Leaving Certificate Examination (including Day School Certificate (Higher) General paper), 1933
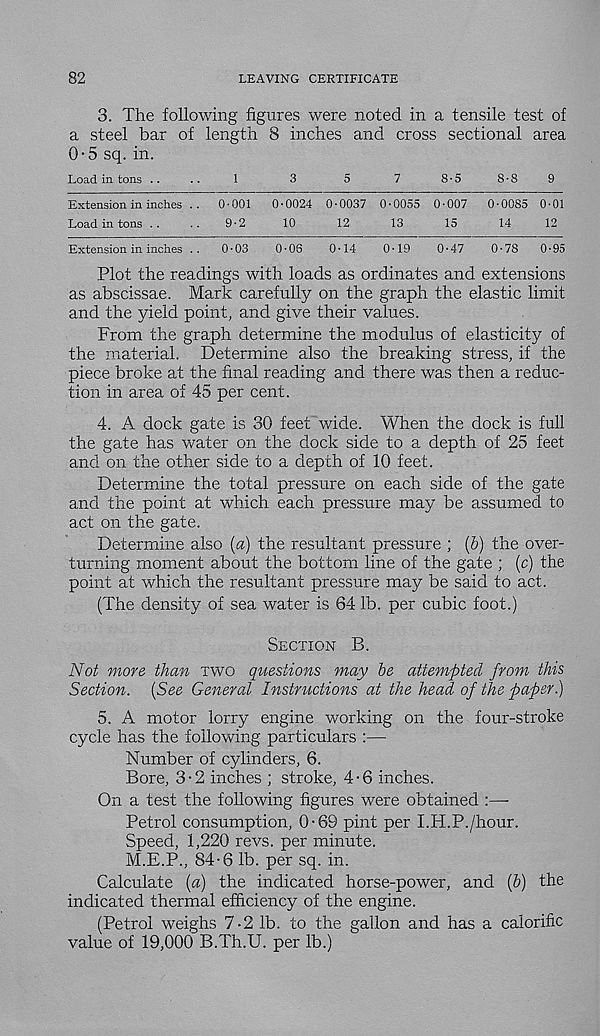
82
LEAVING CERTIFICATE
3. The following figures were noted in a tensile test of
a steel bar of length 8 inches and cross sectional area
0-5 sq.in.
Load in tons ..
..
1
3
5
7
8-5
8*8
9
Extensionininch.es .. 0*001 0*0024 0*0037 0*0055 0*007 0*0085 0*01
Load in tons ..
..
9*2
10
12
13
15
14
12
Extension in inches .. 0*03
0*08
0*14
0*19
0*47
0*78 0*95
Plot the readings with loads as ordinates and extensions
as abscissae. Mark carefully on the graph the elastic limit
and the yield point, and give their values.
From the graph determine the modulus of elasticity of
the material. Determine also the breaking stress, if the
piece broke at the final reading and there was then a reduc-
tion in area of 45 per cent.
4. A dock gate is 30 feet wide. When the dock is full
the gate has water on the dock side to a depth of 25 feet
and on the other side to a depth of 10 feet.
Determine the total pressure on each side of the gate
and the point at which each pressure may be assumed to
act on the gate.
Determine also (a) the resultant pressure ; (6) the over-
turning moment about the bottom line of the gate ; (c) the
point at which the resultant pressure may be said to act.
(The density of sea water is 64 lb. per cubic foot.)
Section B.
Not more than two questions may be attempted from this
Section. {See General Instructions at the head of the paper.)
5. A motor lorry engine working on the four-stroke
cycle has the following particulars :—
Number of cylinders, 6.
Bore, 3-2 inches ; stroke, 4-6 inches.
On a test the following figures were obtained :—■
Petrol consumption, 0-69 pint per I.H.P./hour.
Speed, 1,220 revs, per minute.
M.E.P., 84-6 lb. per sq. in.
Calculate (a) the indicated horse-power, and (b) the
indicated thermal efficiency of the engine.
(Petrol weighs 7-2 lb. to the gallon and has a calorific
value of 19,000 B.Th.U. per lb.)